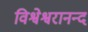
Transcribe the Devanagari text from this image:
विश्वेश्वरानन्द